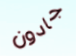
جادون